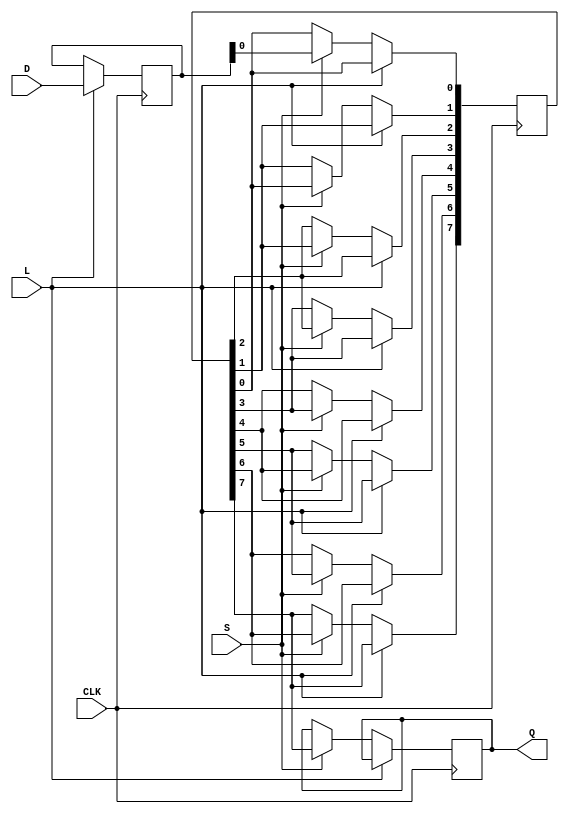
module TwoStagePISO #(
    parameter N = 8 // Number of parallel input lines
)(
    input wire [N-1:0] D, // Parallel input data
    input wire L,         // Load control signal
    input wire S,         // Shift control signal
    input wire CLK,       // Clock signal
    output reg Q          // Serial output data
);

    // Internal registers for the two stages
    reg [N-1:0] stage1; // First stage to hold parallel data
    reg [N-1:0] stage2; // Second stage for shifting out data
    integer i;          // Loop variable

    always @(posedge CLK) begin
        if (L) begin
            // Load data into stage 1
            stage1 <= D;
        end else if (S) begin
            // Shift data from stage 1 to stage 2
            stage2 <= stage1;
            // Shift out the first bit from stage 2
            Q <= stage2[N-1]; // Output the MSB of stage 2
            // Shift stage2 left for the next clock cycle
            for (i = N-1; i > 0; i = i - 1) begin
                stage2[i] <= stage2[i-1];
            end
        end
    end

endmodule